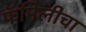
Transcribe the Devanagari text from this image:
फॅमिलीचा